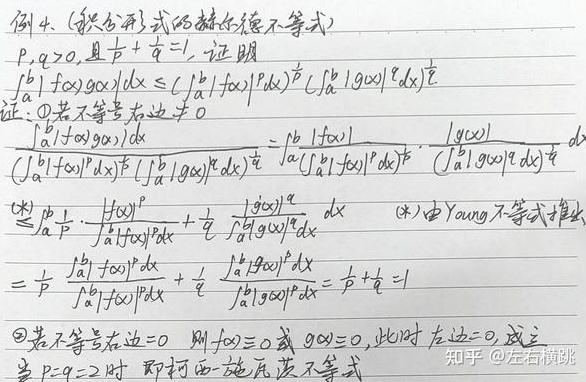
例4.（积分形式的赫尔德不等式）\(p,q\geq0\)，且 \(\frac{1}{p}+\frac{1}{q}=1\)，证明：
\(\int_{a}^{b}|f(x)g(x)|dx\leq (\int_{a}^{b}|f(x)|^{p}dx)^{\frac{1}{p}}(\int_{a}^{b}|g(x)|^{q}dx)^{\frac{1}{q}}\)

证：
\textcircled{1}若不等式右边 \(\neq0\)，
\(\frac{\int_{a}^{b}|f(x)g(x)|dx}{(\int_{a}^{b}|f(x)|^{p}dx)^{\frac{1}{p}}(\int_{a}^{b}|g(x)|^{q}dx)^{\frac{1}{q}}}=\int_{a}^{b}\frac{|f(x)|}{(\int_{a}^{b}|f(x)|^{p}dx)^{\frac{1}{p}}}\cdot\frac{|g(x)|}{(\int_{a}^{b}|g(x)|^{q}dx)^{\frac{1}{q}}}dx\)
\(\leq\int_{a}^{b}\left(\frac{1}{p}\cdot\frac{|f(x)|^{p}}{\int_{a}^{b}|f(x)|^{p}dx}+\frac{1}{q}\cdot\frac{|g(x)|^{q}}{\int_{a}^{b}|g(x)|^{q}dx}\right)dx\)  （\((*)\)由Young不等式推出）
\(=\frac{1}{p}\cdot\frac{\int_{a}^{b}|f(x)|^{p}dx}{\int_{a}^{b}|f(x)|^{p}dx}+\frac{1}{q}\cdot\frac{\int_{a}^{b}|g(x)|^{q}dx}{\int_{a}^{b}|g(x)|^{q}dx}=\frac{1}{p}+\frac{1}{q}=1\)

\textcircled{2}若不等式右边 \( = 0\)，则 \(f(x)\equiv0\) 或 \(g(x)\equiv0\)，此时左边 \( = 0\)，成立。

当 \(p = q = 2\) 时，即柯西 - 施瓦茨不等式。